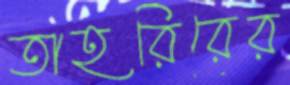
তাহরিরের